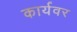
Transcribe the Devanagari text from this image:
कार्यवर